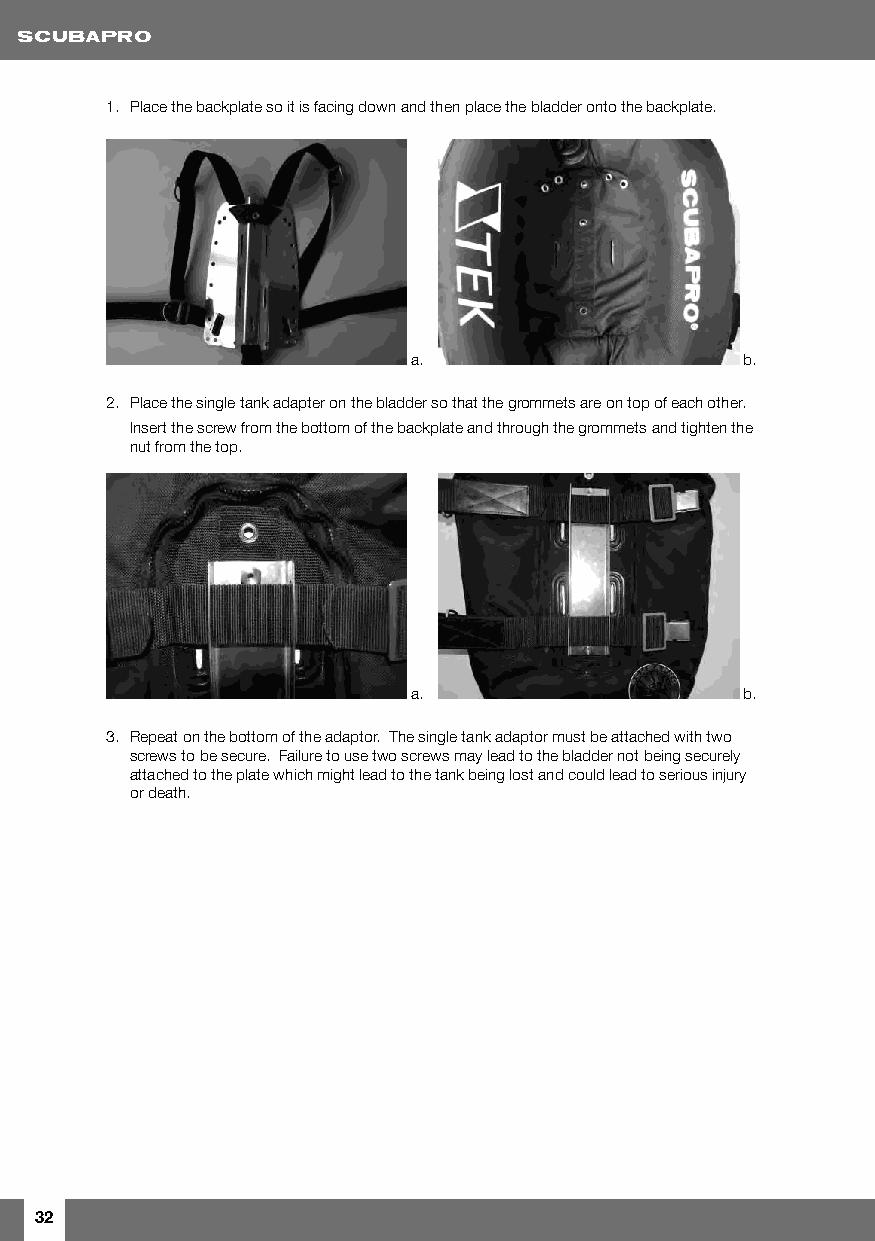
1. Place the backplate so it is facing down and then place the bladder onto the backplate.
 a.                    b.
 2. Place the single tank adapter on the bladder so that the grommets are on top of each other.
 Insert the screw from the bottom of the backplate and through the grommets and tighten the
 nut from the top.
 a.                    b.
 3. Repeat on the bottom of the adaptor. The single tank adaptor must be attached with two
 screws to be secure. Failure to use two screws may lead to the bladder not being securely
 attached to the plate which might lead to the tank being lost and could lead to serious injury
 or death.
 32